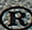
R